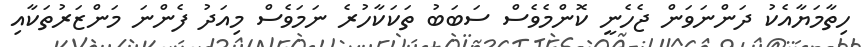
ހިތާމަޔާއެކު ދަންނަވަން ޖެހެނީ ކޮންމެވެސް ސަބަބު ތަކަކާހުރެ ނަމަވެސް މިއަދު ފެންނަ މަންޒަރުތަކާއި